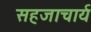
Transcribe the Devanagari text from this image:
सहजाचार्य